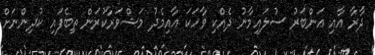
ދާރާ އާއި އަންބަރު ސުލައިމާނު ދެއްކި ވާހަކަ އާއިމެދު މަޝްވަރާކުރަން ތިބެފައި ކުދިންނަށް